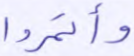
وأتمروا